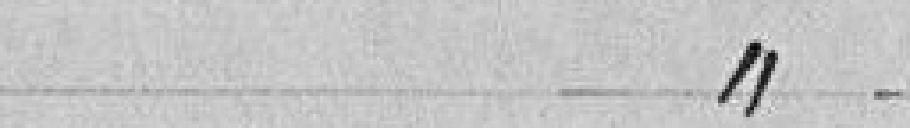
à l'article